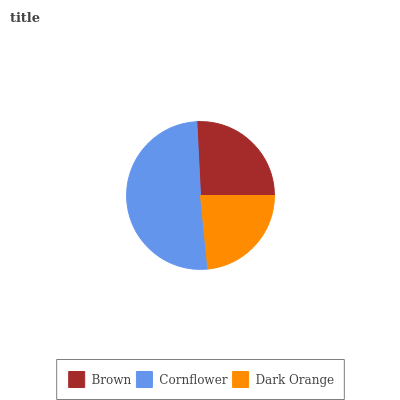
| Brown | Cornflower | Dark Orange |
 | --- | --- | --- |
 | 25.8% | 50.8% | 23.4% |